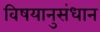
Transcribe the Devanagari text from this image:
विषयानुसंधान